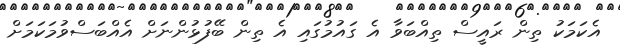
އެކަމަކު ތިން ރައީސް ތިއްބަވާ އެ ގައުމުގައި އެ ތިން ބޭފުޅުންނަށް އެއްބަސްވުމަކަމަށް